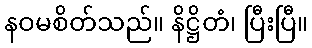
နဝမစိတ်သည်။ နိဋ္ဌိတံ၊ ပြီးပြီ။